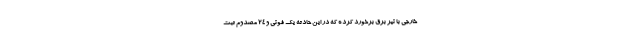
خارجی با تیر برق برخورد کرده که در این حادثه یک فوتی و ۲۴ مصدوم ثبت